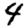
Digit: 4